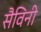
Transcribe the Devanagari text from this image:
सैविनी